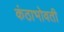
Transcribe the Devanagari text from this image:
कंठाभोवती